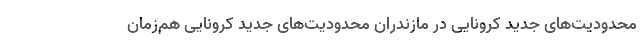
محدودیت‌های جدید کرونایی در مازندران محدودیت‌های جدید کرونایی هم‌زمان